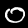
Digit: 0